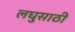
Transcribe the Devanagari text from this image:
लघुसाठी